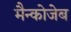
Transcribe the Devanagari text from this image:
मैन्कोजेब